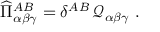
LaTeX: \widehat { \Pi } _ { \alpha \beta \gamma } ^ { A B } = \delta ^ { A B } \, \mathcal { Q } _ { \alpha \beta \gamma } ~ .